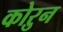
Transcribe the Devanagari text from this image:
कोऱुन